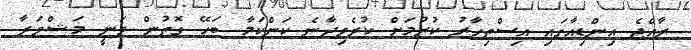
ރާއްޖެ އިންޑިއާގައި އިސްތިހާރު ކުރުމަށް ކުރެވިދާނެ ކަންކަމާ ބަހޭ ގޮތުން ވަނީ މަޝްވަރާ